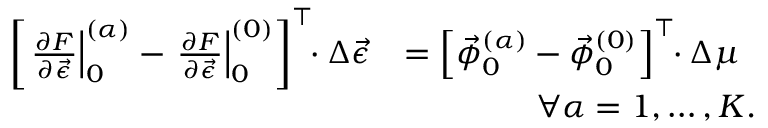
\begin{array} { r l } { \left[ \left. \frac { \partial F } { \partial \vec { \epsilon } } \right| _ { 0 } ^ { ( \alpha ) } - \left. \frac { \partial F } { \partial \vec { \epsilon } } \right| _ { 0 } ^ { ( 0 ) } \right] ^ { \top } \! \! \cdot \Delta \vec { \epsilon } } & { = \left[ \vec { \phi } _ { 0 } ^ { ( \alpha ) } - \vec { \phi } _ { 0 } ^ { ( 0 ) } \right] ^ { \top } \! \! \cdot \Delta \mu } \\ & { \qquad \qquad \forall \alpha = 1 , \ldots , K . } \end{array}